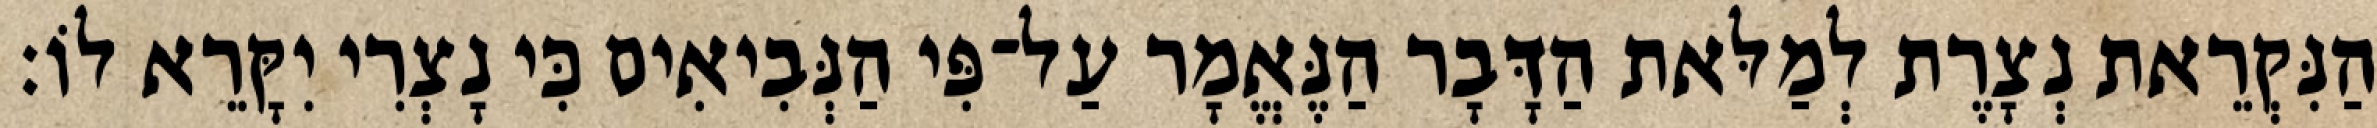
הַנִּקְרֵאת נְצָרֶת לְמַלּאת הַדָּבָר הַנֶּאֱמָר עַל־פִּי הַנְּבִיאִים כִּי נָצְרִי יִקָּרֵא לוֹ׃